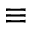
\equiv